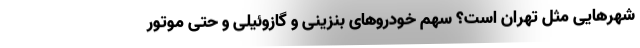
شهرهایی مثل تهران است؟ سهم خودروهای بنزینی و گازوئیلی و حتی موتور